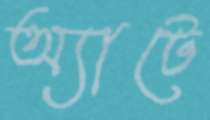
অ্যাটে